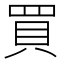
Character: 買